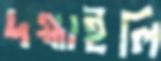
দগ্ধাইলি